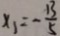
x _ { 1 } = - \frac { 1 3 } { 5 }